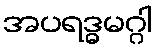
အပရဒ္ဓမဂ္ဂါ